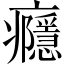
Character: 癮